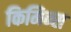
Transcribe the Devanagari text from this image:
किमिन्स